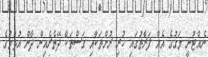
ނެއްޓުނީ މަގުގެ އެއް ފަރާތުގައި ހުރި ރުށްތަކާއި ގަސްތަކާ ދޭތެރެއިން ދާން އުޅުމުގެ